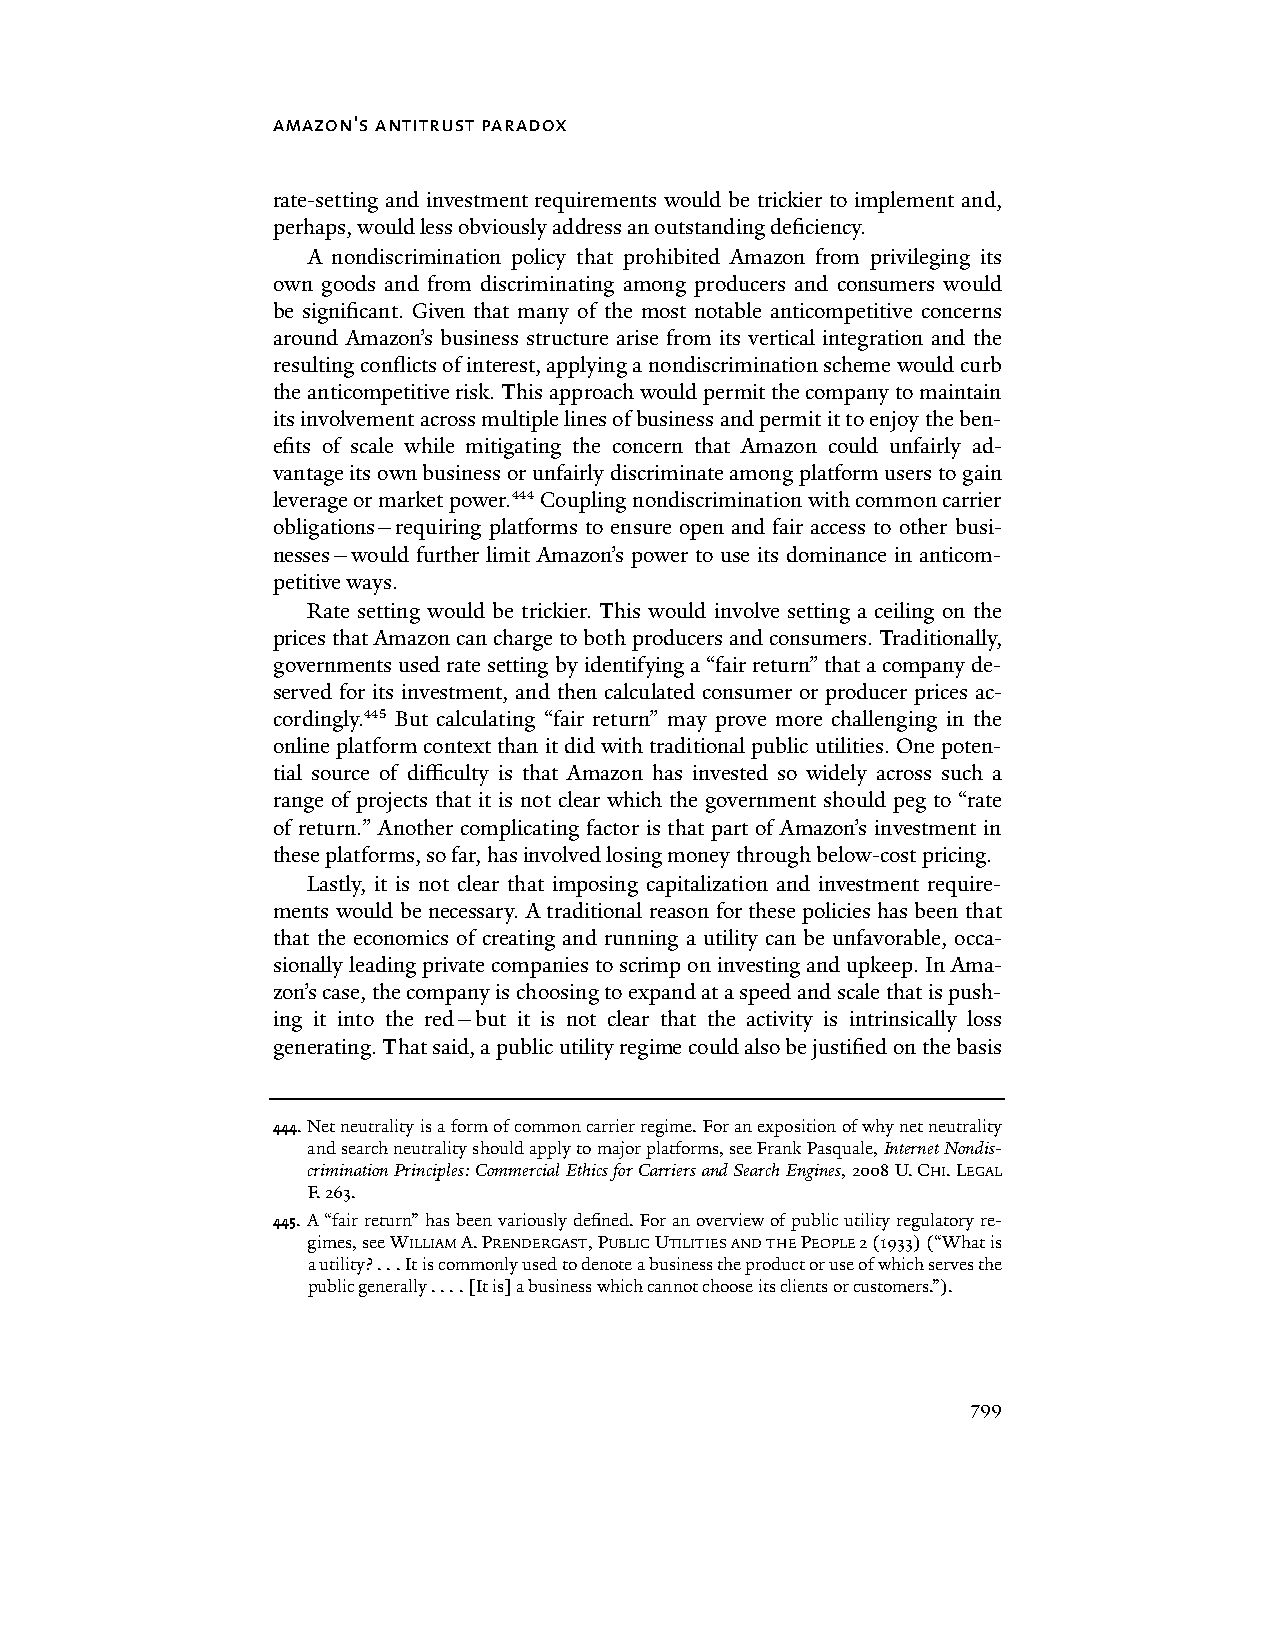
amazon's antitrust paradox
 rate-setting and investment requirements would be trickier to implement and,
 perhaps, would less obviously address an outstanding deficiency.
 A nondiscrimination policy that prohibited Amazon from privileging its
 own goods and from discriminating among producers and consumers would
 be significant. Given that many of the most notable anticompetitive concerns
 around Amazon’s business structure arise from its vertical integration and the
 resulting conflicts of interest, applying a nondiscrimination scheme would curb
 the anticompetitive risk. This approach would permit the company to maintain
 its involvement across multiple lines of business and permit it to enjoy the ben-
 efits of scale while mitigating the concern that Amazon could unfairly ad-
 vantage its own business or unfairly discriminate among platform users to gain
 leverage or market power.444 Coupling nondiscrimination with common carrier
 obligations—requiring platforms to ensure open and fair access to other busi-
 nesses—would further limit Amazon’s power to use its dominance in anticom-
 petitive ways.
 Rate setting would be trickier. This would involve setting a ceiling on the
 prices that Amazon can charge to both producers and consumers. Traditionally,
 governments used rate setting by identifying a “fair return” that a company de-
 served for its investment, and then calculated consumer or producer prices ac-
 cordingly.445 But calculating “fair return” may prove more challenging in the
 online platform context than it did with traditional public utilities. One poten-
 tial source of difficulty is that Amazon has invested so widely across such a
 range of projects that it is not clear which the government should peg to “rate
 of return.” Another complicating factor is that part of Amazon’s investment in
 these platforms, so far, has involved losing money through below-cost pricing.
 Lastly, it is not clear that imposing capitalization and investment require-
 ments would be necessary. A traditional reason for these policies has been that
 that the economics of creating and running a utility can be unfavorable, occa-
 sionally leading private companies to scrimp on investing and upkeep. In Ama-
 zon’s case, the company is choosing to expand at a speed and scale that is push-
 ing it into the red—but it is not clear that the activity is intrinsically loss
 generating. That said, a public utility regime could also be justified on the basis
 444. Net neutrality is a form of common carrier regime. For an exposition of why net neutrality
 and search neutrality should apply to major platforms, see Frank Pasquale, Internet Nondis-
 crimination Principles: Commercial Ethics for Carriers and Search Engines, 2008 U. CHI. LEGAL
 F. 263.
 445. A “fair return” has been variously defined. For an overview of public utility regulatory re-
 gimes, see WILLIAM A. PRENDERGAST, PUBLIC UTILITIES AND THE PEOPLE 2 (1933) (“What is
 a utility? . . . It is commonly used to denote a business the product or use of which serves the
 public generally . . . . [It is] a business which cannot choose its clients or customers.”).
 799